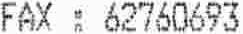
FAX : 62760693